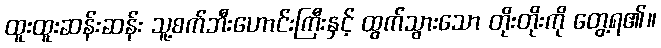
ထူးထူးဆန်းဆန်း သူ့စက်ဘီးဟောင်းကြီးနှင့် ထွက်သွားသော တိုးတိုးကို တွေ့ရ၏။